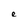
Character: e